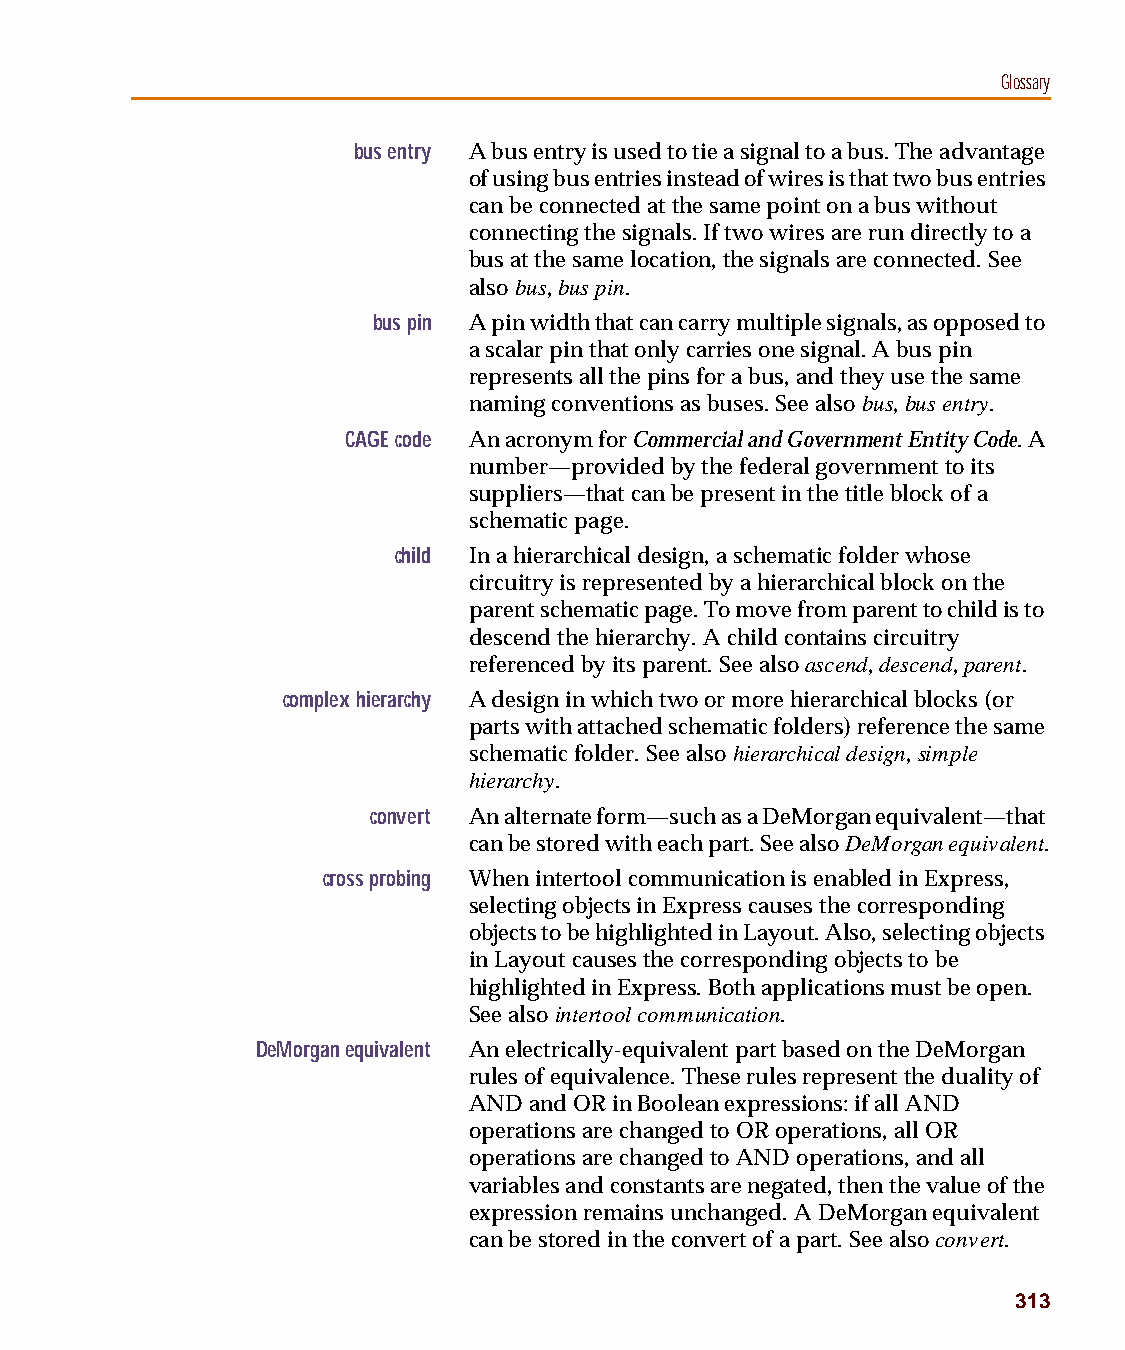
capug.book Page 313 Thursday, November 12, 1998 3:38 PM
 Glossary
 bus entry A bus entry is used to tie a signal to a bus. The advantage
 of using bus entries instead of wires is that two bus entries
 can be connected at the same point on a bus without
 connecting the signals. If two wires are run directly to a
 bus at the same location, the signals are connected. See
 also bus, bus pin.
 bus pin A pin width that can carry multiple signals, as opposed to
 a scalar pin that only carries one signal. A bus pin
 represents all the pins for a bus, and they use the same
 naming conventions as buses. See also bus, bus entry.
 CAGE code An acronym for Commercial and Government Entity Code. A
 number—provided by the federal government to its
 suppliers—that can be present in the title block of a
 schematic page.
 child In a hierarchical design, a schematic folder whose
 circuitry is represented by a hierarchical block on the
 parent schematic page. To move from parent to child is to
 descend the hierarchy. A child contains circuitry
 referenced by its parent. See also ascend, descend, parent.
 complex hierarchy A design in which two or more hierarchical blocks (or
 parts with attached schematic folders) reference the same
 schematic folder. See also hierarchical design, simple
 hierarchy.
 convert An alternate form—such as a DeMorgan equivalent—that
 can be stored with each part. See also DeMorgan equivalent.
 cross probing When intertool communication is enabled in Express,
 selecting objects in Express causes the corresponding
 objects to be highlighted in Layout. Also, selecting objects
 in Layout causes the corresponding objects to be
 highlighted in Express. Both applications must be open.
 See also intertool communication.
 DeMorgan equivalent An electrically-equivalent part based on the DeMorgan
 rules of equivalence. These rules represent the duality of
 AND and OR in Boolean expressions: if all AND
 operations are changed to OR operations, all OR
 operations are changed to AND operations, and all
 variables and constants are negated, then the value of the
 expression remains unchanged. A DeMorgan equivalent
 can be stored in the convert of a part. See also convert.
 313